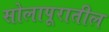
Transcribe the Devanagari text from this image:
सोलापूरातील